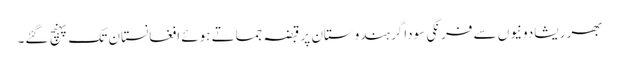
بھر ریشادونیوں سے فرنگی سوداگر ہندوستان پر قبضہ جماتے ہوئے افغانستان تک پہنچ گئے۔